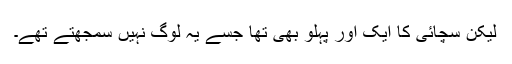
لیکن سچائی کا ایک اور پہلو بھی تھا جسے یہ لوگ نہیں سمجھتے تھے۔